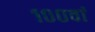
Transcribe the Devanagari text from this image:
१००वां